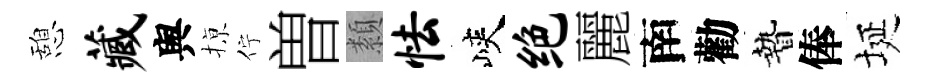
憩藏舆𢱊佇曽纇怯峽绝麗南勸贄俸埏